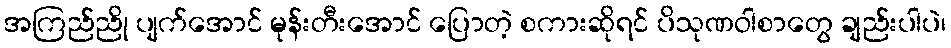
အကြည်ညို ပျက်အောင် မုန်းတီးအောင် ပြောတဲ့ စကားဆိုရင် ပိသုဏဝါစာတွေ ချည်းပါပဲ၊